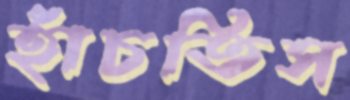
হাঁচতিস